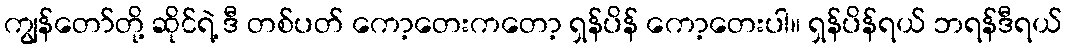
ကျွန်တော်တို့ ဆိုင်ရဲ့ ဒီ တစ်ပတ် ကော့တေးကတော့ ရှန်ပိန် ကော့တေးပါ။ ရှန်ပိန်ရယ် ဘရန်ဒီရယ်